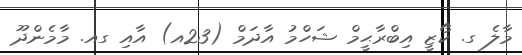
މާލެ ގ. ކޯޒީ އިބްރާޙީމް ޝަހްމު އާދަމް (23އ) އާއި ގއ. މާމެންދޫ